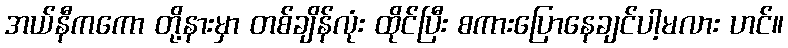
အယ်နီကကော တို့နားမှာ တစ်ချိန်လုံး ထိုင်ပြီး စကားပြောနေချင်ပါ့မလား ဟင်။